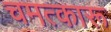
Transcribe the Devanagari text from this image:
चमत्कारू